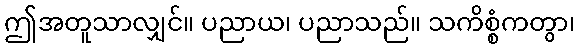
ဤအတူသာလျှင်။ ပညာယ၊ ပညာသည်။ သကိစ္စံကတွာ၊